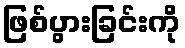
ဖြစ်ပွားခြင်းကို